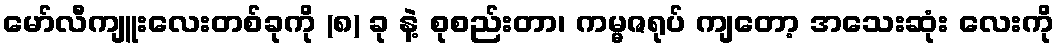
မော်လီကျူးလေးတစ်ခုကို (၈) ခု နဲ့ စုစည်းတာ၊ ကမ္မဇရုပ် ကျတော့ အသေးဆုံး လေးကို